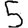
Digit: 5